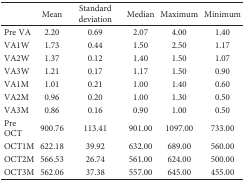
<table><thead><tr><td></td><td><b>Mean</b></td><td><b>Standard deviation</b></td><td><b>Median</b></td><td><b>Maximum</b></td><td><b>Minimum</b></td></tr></thead><tbody><tr><td>Pre VA</td><td>2.20</td><td>0.69</td><td>2.07</td><td>4.00</td><td>1.40</td></tr><tr><td>VA1W</td><td>1.73</td><td>0.44</td><td>1.50</td><td>2.50</td><td>1.17</td></tr><tr><td>VA2W</td><td>1.37</td><td>0.12</td><td>1.40</td><td>1.50</td><td>1.07</td></tr><tr><td>VA3W</td><td>1.21</td><td>0.17</td><td>1.17</td><td>1.50</td><td>0.90</td></tr><tr><td>VA1M</td><td>1.01</td><td>0.21</td><td>1.00</td><td>1.40</td><td>0.60</td></tr><tr><td>VA2M</td><td>0.96</td><td>0.20</td><td>1.00</td><td>1.30</td><td>0.50</td></tr><tr><td>VA3M</td><td>0.86</td><td>0.16</td><td>0.90</td><td>1.00</td><td>0.50</td></tr><tr><td>Pre OCT</td><td>900.76</td><td>113.41</td><td>901.00</td><td>1097.00</td><td>733.00</td></tr><tr><td>OCT1M</td><td>622.18</td><td>39.92</td><td>632.00</td><td>689.00</td><td>560.00</td></tr><tr><td>OCT2M</td><td>566.53</td><td>26.74</td><td>561.00</td><td>624.00</td><td>500.00</td></tr><tr><td>OCT3M</td><td>562.06</td><td>37.38</td><td>557.00</td><td>645.00</td><td>455.00</td></tr></tbody></table>